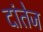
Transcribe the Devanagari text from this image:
दांतेज